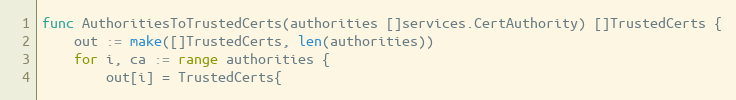
Language: Go
func AuthoritiesToTrustedCerts(authorities []services.CertAuthority) []TrustedCerts {
	out := make([]TrustedCerts, len(authorities))
	for i, ca := range authorities {
		out[i] = TrustedCerts{